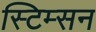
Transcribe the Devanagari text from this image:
स्टिम्सन